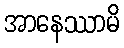
အာနေဿာမိ